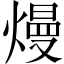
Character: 熳